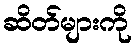
ဆိတ်များကို